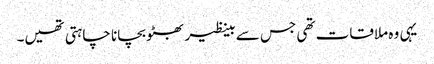
یہی وہ ملاقات تھی جس سے بینظیر بھٹو بچانا چاہتی تھیں۔